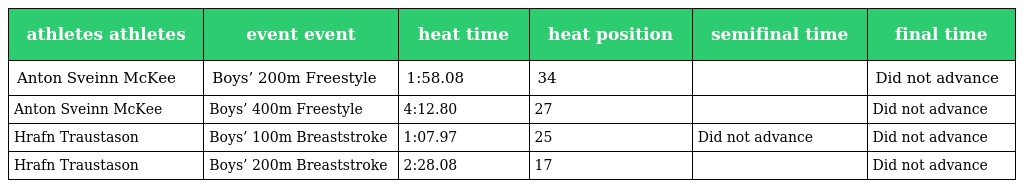
| athletes athletes | event event | heat time | heat position | semifinal time | final time |
 | --- | --- | --- | --- | --- | --- |
 | Anton Sveinn McKee | Boys’ 200m Freestyle | 1:58.08 | 34 |  | Did not advance |
 | Anton Sveinn McKee | Boys’ 400m Freestyle | 4:12.80 | 27 |  | Did not advance |
 | Hrafn Traustason | Boys’ 100m Breaststroke | 1:07.97 | 25 | Did not advance | Did not advance |
 | Hrafn Traustason | Boys’ 200m Breaststroke | 2:28.08 | 17 |  | Did not advance |